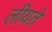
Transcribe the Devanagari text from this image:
लीयते